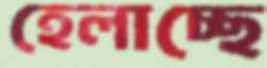
হেলাচ্ছে